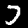
Digit: 7